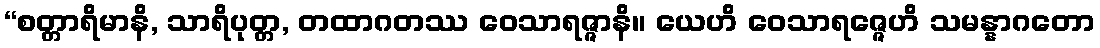
“စတ္တာရိမာနိ, သာရိပုတ္တ, တထာဂတဿ ဝေသာရဇ္ဇာနိ။ ယေဟိ ဝေသာရဇ္ဇေဟိ သမန္နာဂတော